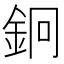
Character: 𨥽